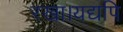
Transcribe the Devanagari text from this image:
रखा।यद्यपि